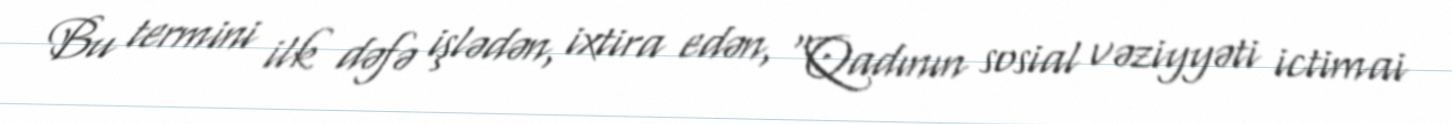
Bu termini ilk dəfə işlədən, ixtira edən, “Qadının sosial vəziyyəti ictimai